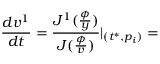
\frac { d v ^ { 1 } } { d t } = \frac { J ^ { 1 } ( \frac \phi y ) } { J ( \frac \phi v ) } | _ { ( t ^ { * } , p _ { i } ) } =